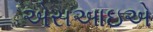
એસઆઇએ